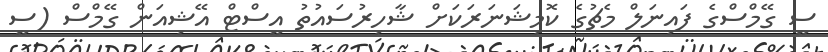
ސީ ގޭމްސްގެ ފައިނަލް މެޗުގެ ކޮމިޝަނަރަކަށް ޝާހިރުސައުތު އީސްޓް އޭޝިއަން ގޭމްސް (ސީ